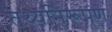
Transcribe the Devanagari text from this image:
तथ्यनिरूपण